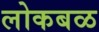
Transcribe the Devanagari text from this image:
लोकबळ